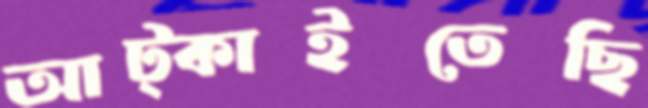
আট্‌কাইতেছি